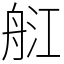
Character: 䑭